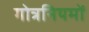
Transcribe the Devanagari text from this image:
गोत्रनियमों